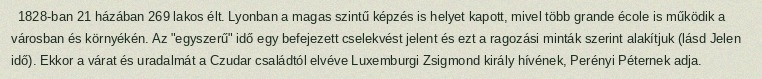
1828-ban 21 házában 269 lakos élt. Lyonban a magas szintű képzés is helyet kapott, mivel több grande école is működik a városban és környékén. Az "egyszerű" idő egy befejezett cselekvést jelent és ezt a ragozási minták szerint alakítjuk (lásd Jelen idő). Ekkor a várat és uradalmát a Czudar családtól elvéve Luxemburgi Zsigmond király hívének, Perényi Péternek adja.